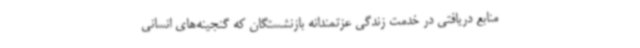
منابع دریافتی در خدمت زندگی عزتمندانه بازنشستگان که گنجینه‌های انسانی